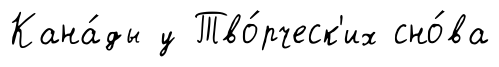
Кана́ды у Тво́рческ'их сно́ва